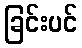
ခြင်းပင်